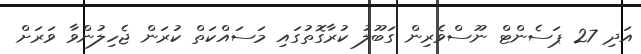
އަދި 27 ޕަސެންޓް ނޫސްވެރިން ގަބޫލު ކުރާގޮތުގައި މަސައްކަތް ކުރަން ޖެހިލުންވާ ވަރަށް